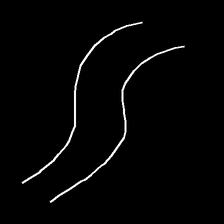
Glyph: float